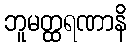
ဘူမတ္ထရဏာနိ